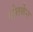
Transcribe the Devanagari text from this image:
टोलकेन